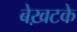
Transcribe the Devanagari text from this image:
बेख़टके